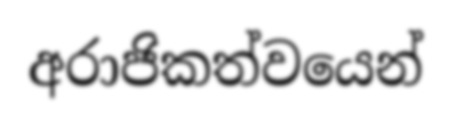
අරාජිකත්වයෙන්